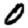
Digit: 0